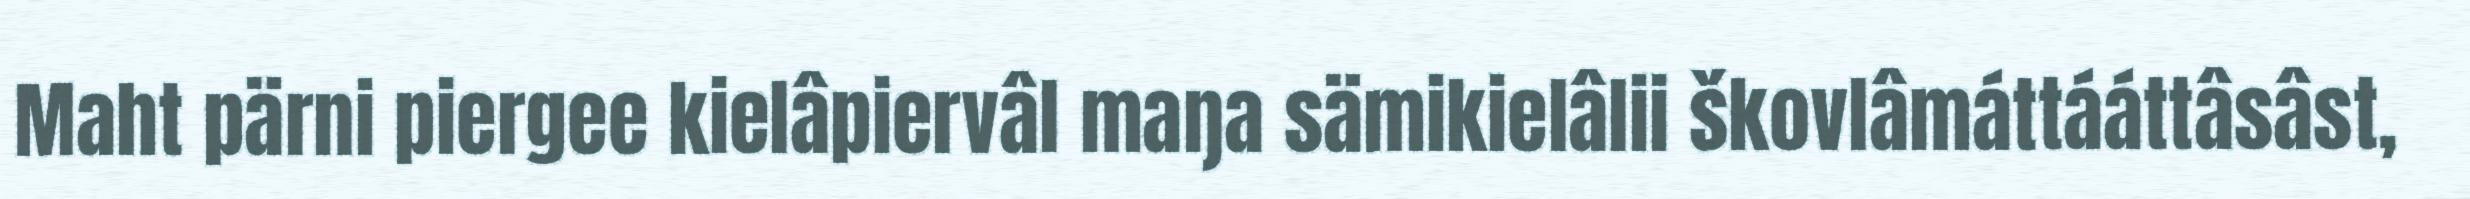
Maht pärni piergee kielâpiervâl maŋa sämikielâlii škovlâmáttááttâsâst,